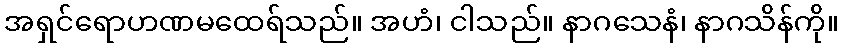
အရှင်ရောဟဏမထေရ်သည်။ အဟံ၊ ငါသည်။ နာဂသေနံ၊ နာဂသိန်ကို။